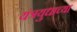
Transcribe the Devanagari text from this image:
यंत्रयुधाच्या